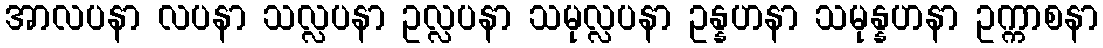
အာလပနာ လပနာ သလ္လပနာ ဥလ္လပနာ သမုလ္လပနာ ဥန္နဟနာ သမုန္နဟနာ ဥက္ကာစနာ